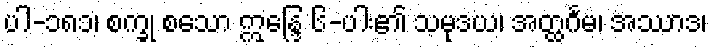
ပါ-၁၈၁၊ စက္ခု စသော ဣန္ဒြေ ၆-ပါး၏ သမုဒယ၊ အတ္ထင်္ဂမ၊ အဿာဒ၊